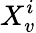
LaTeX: X_{v}^{i}